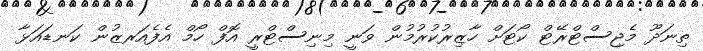
ތިނަދޫ މެޖިސްޓްރޭޓް ކޯޓަށް ހާޒިރުކުރުމުން ވަނީ މިނިސްޓްރީ އޮފް ހޯމް އެފެއަރޒުން ކަނޑައަޅާ